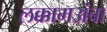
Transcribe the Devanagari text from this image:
लक्कामअंबा